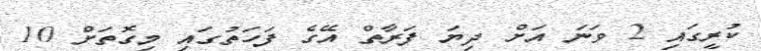
ކުރީގައި 2 ވަނަ އަށް ދިޔަ ފަރާތް އޭގެ ފަހަތުގައި މިގޮތަށް 10